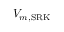
V _ { m , { \mathrm { S R K } } }